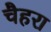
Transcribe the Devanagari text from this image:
चैहरा